Mustjala_vallavalitsus, lk 41
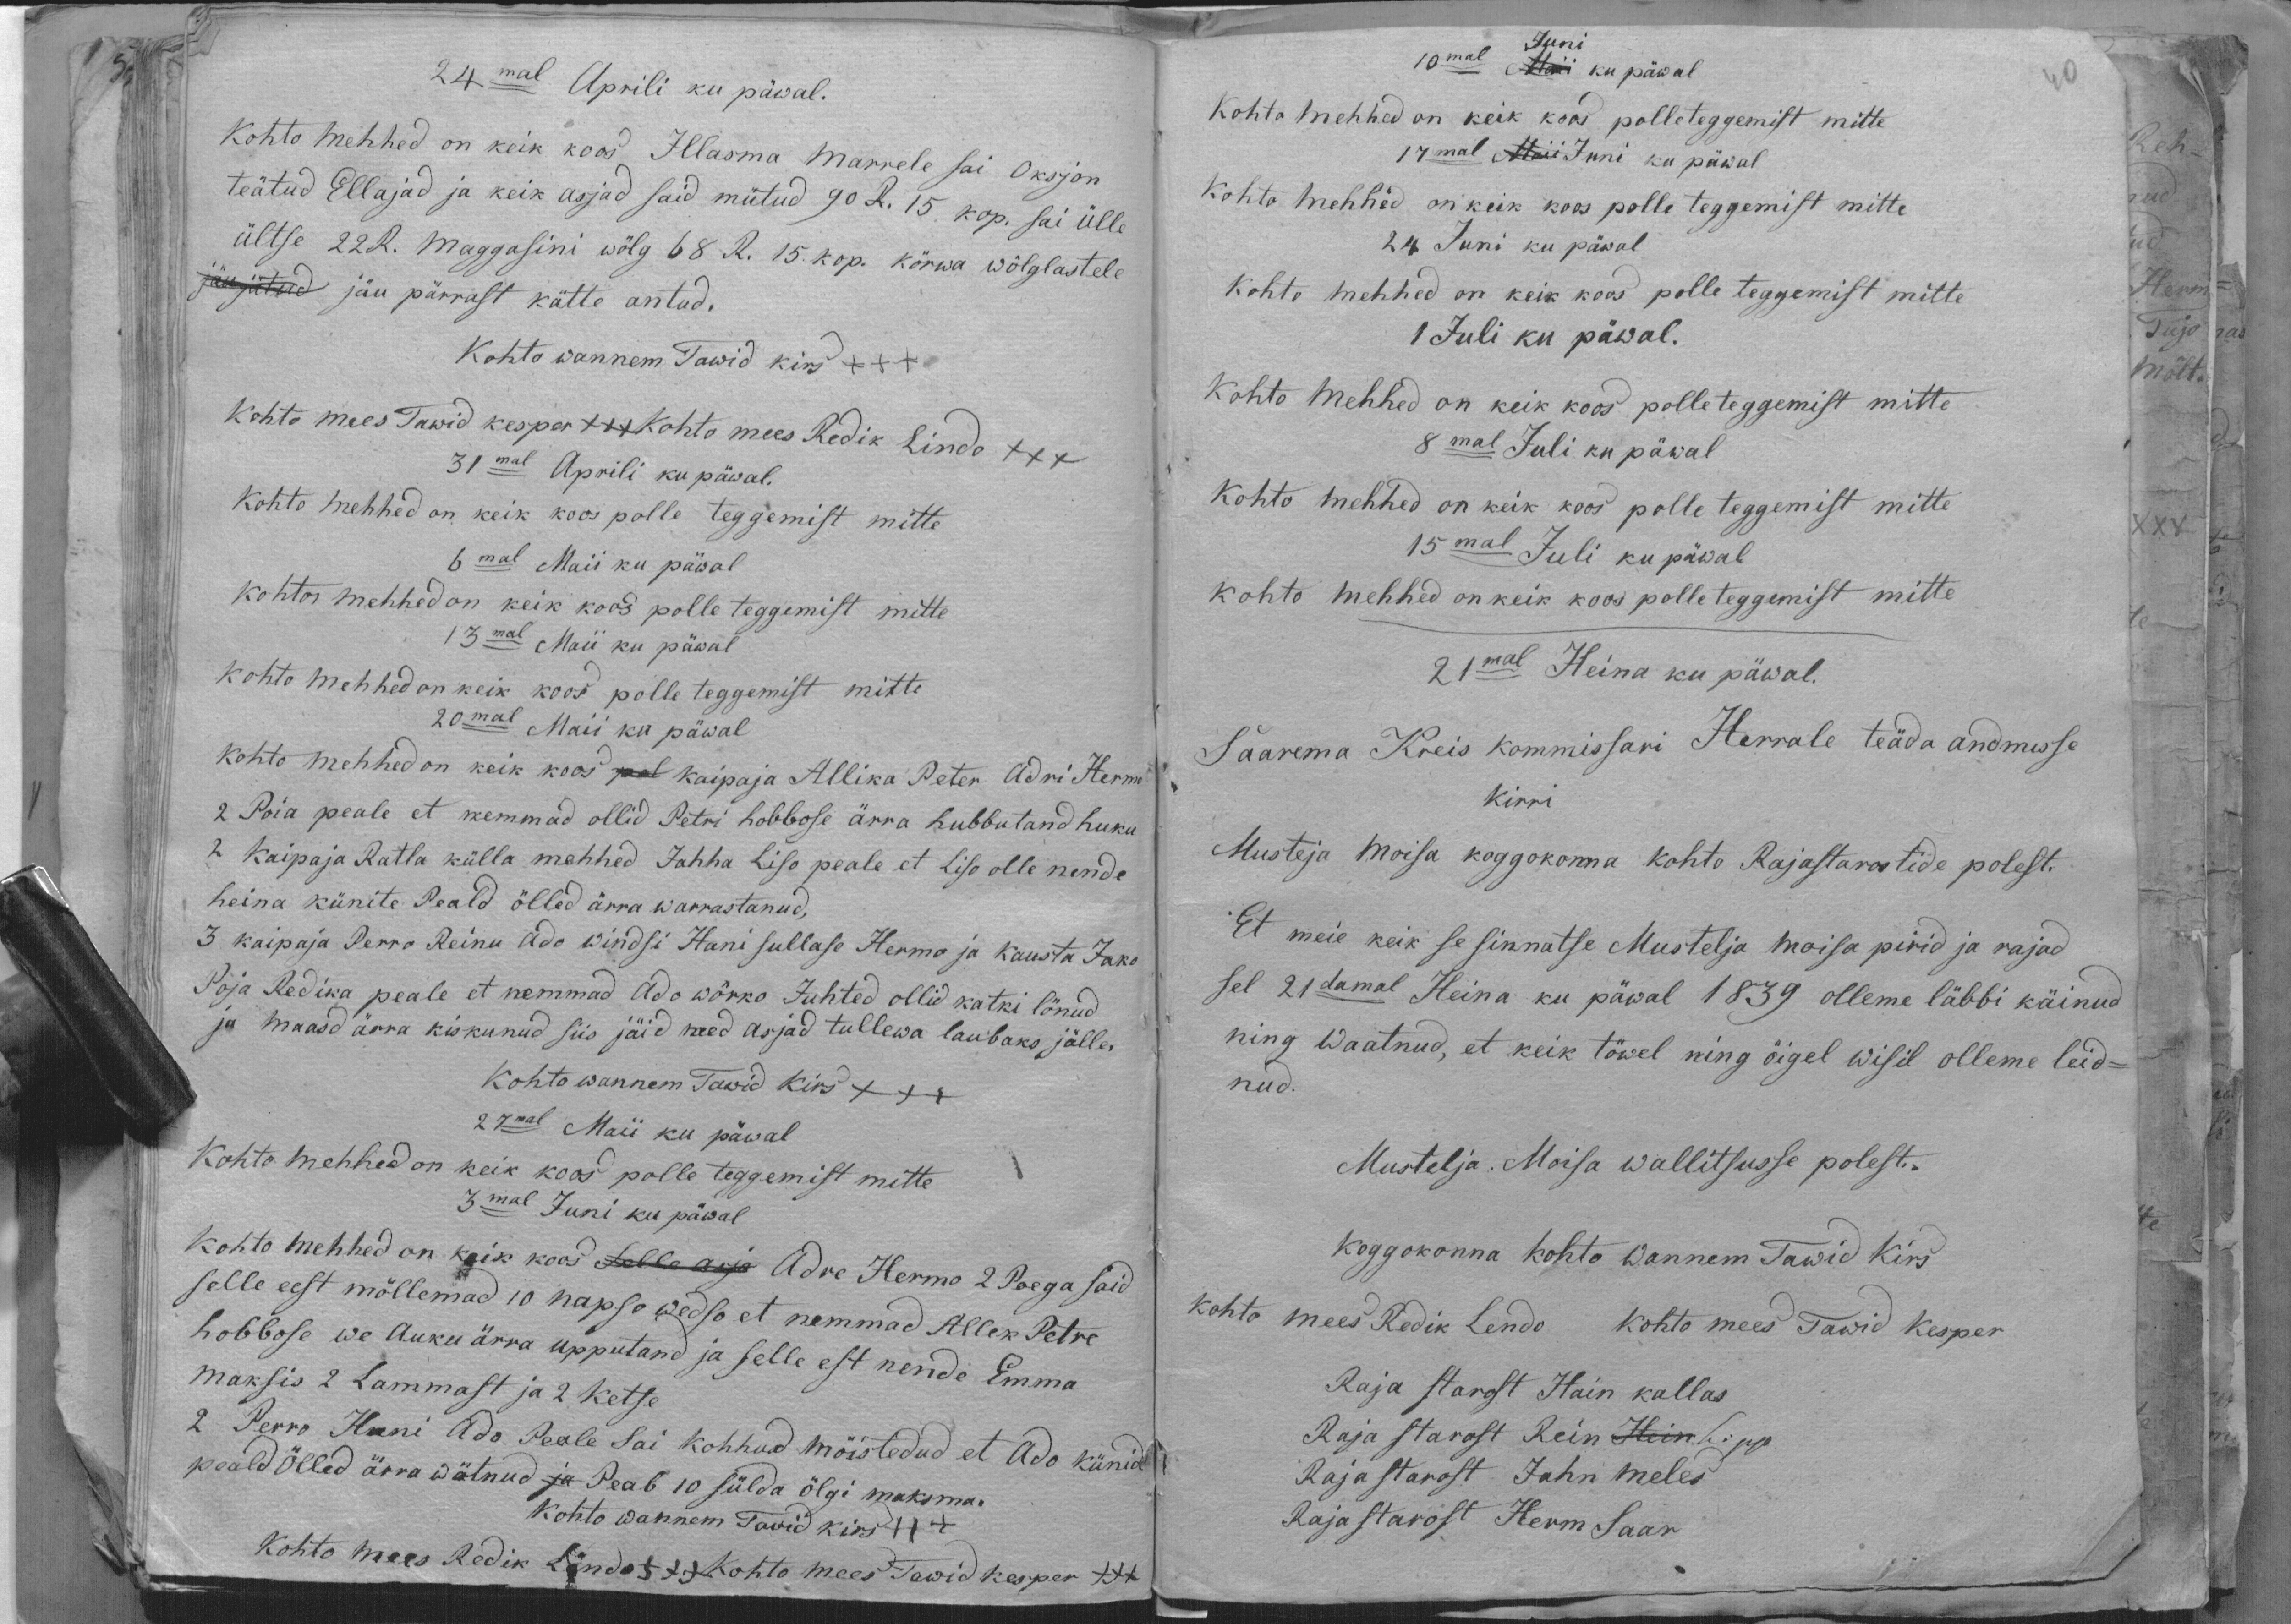
24mal Aprili ku päwal.
Kohto mehhed on keik koos Illasma Marrele sai Oksjon
teätud Ellajad ja keik asjad said mütud 90 R. 15 kop. sai ülle
ültse 22 R. Maggasini wõlg 68 R. 15 kop. körwa wölglastele
jäu pärrast kätte antud.
Kohto wannem Tawid kirs +++
Kohto mees Tawid kesper +++ Kohto mees Redik Lindo +++
31mal Aprili ku päwal.
Kohto mehhed on keik koos polle teggemist mitte
6mal Maii ku päwal
kohto mehhed on keik koos polle teggemist mitte
13mal Maii ku päwal
kohto mehhed on keik koos polle teggemist mitte
20mal Maii ku päwal
kohto mehhed on keik koos kaipaja Allika Peter Adri Hermo
2 Poia peale et nemmad ollid Petri hobbose ärra hubbutand huku
2 Kaipaja Ratla külla mehhed Jahha Liso peale et Liso olle nende
heina künite Peald õlled ärra warrastanud,
3 kaipaja Perro Reinu Ado Kindsi Hans sullase Hermo ja Kausta Jako
Poja Redika peale et nemmad Ado wõrko Juhted ollid katki lönud
ja maasd ärra kiskunud siis jäid need asjad tullewa laubaks jälle
Kohto wannem Tawid Kirst XXX
27mal Mai ku päwal
Kohto mehhed on keik koos polle teggemist mitte
3mal Juni ku päwal
kohto mehhed on kõik koos Adre Hermo 2 Poega said
selle eest möllemad 10 napso wedso et nemmad Allek Petre
hobbose we Auku ärra upputand ja selle est nende Emma
maksis 2 Lammast ja 2 ketse
2 Perro Hani Ado Peale sai kohhud möistedud et Ado künid
peald ölled ärra wötnud peab 10 sülda ölgi maksma
Kohto wannem Tawid kirs +++
Kohto mees Redik Lindo +++ Kohto mees Tawid Kesper +++

10mal Juni ku päwal
Kohto mehhed on keik koos polle teggemist mitte
17mal Juni ku päwal
Kohto mehhed on keik koos polle teggemist mitte
24  Juni ku päwal
Kohto mehhed on keik koos polle teggemist mitte
1  Juli ku päwal.
Kohto mehhed on keik koos polle teggemist mitte
8mal Juli ku päwal
Kohto mehhed on keik koos polle teggemist mitte
15mal Juli ku päwal
kohto mehhed on keik koos polle teggemist mitte
21mal Heina ku päwal.
Saarema Kreis kommissari Herrale teäda andmisse
kirri
Musteja moisa koggokonna kohto Rajastarostide polest.
Et meie keik se sinnatse Mustelja moisa pirid ja rajad
sel 21damal Heina ku päwal 1839 olleme läbbi käinud
ning waatnud, et keik töwel ning öigel wisil olleme leid-
nud.
Mustelja. Moisa wallitsusse polest.
Koggokonna kohto wannem Tawid Kirs
kohto mees Redik Lendo +++ kohto mees Tawid Kesper
Raja starost Hain kallas
Raja starost Rein Lipp.
Raja starost Jahn meles
Raja starost Herm Saar